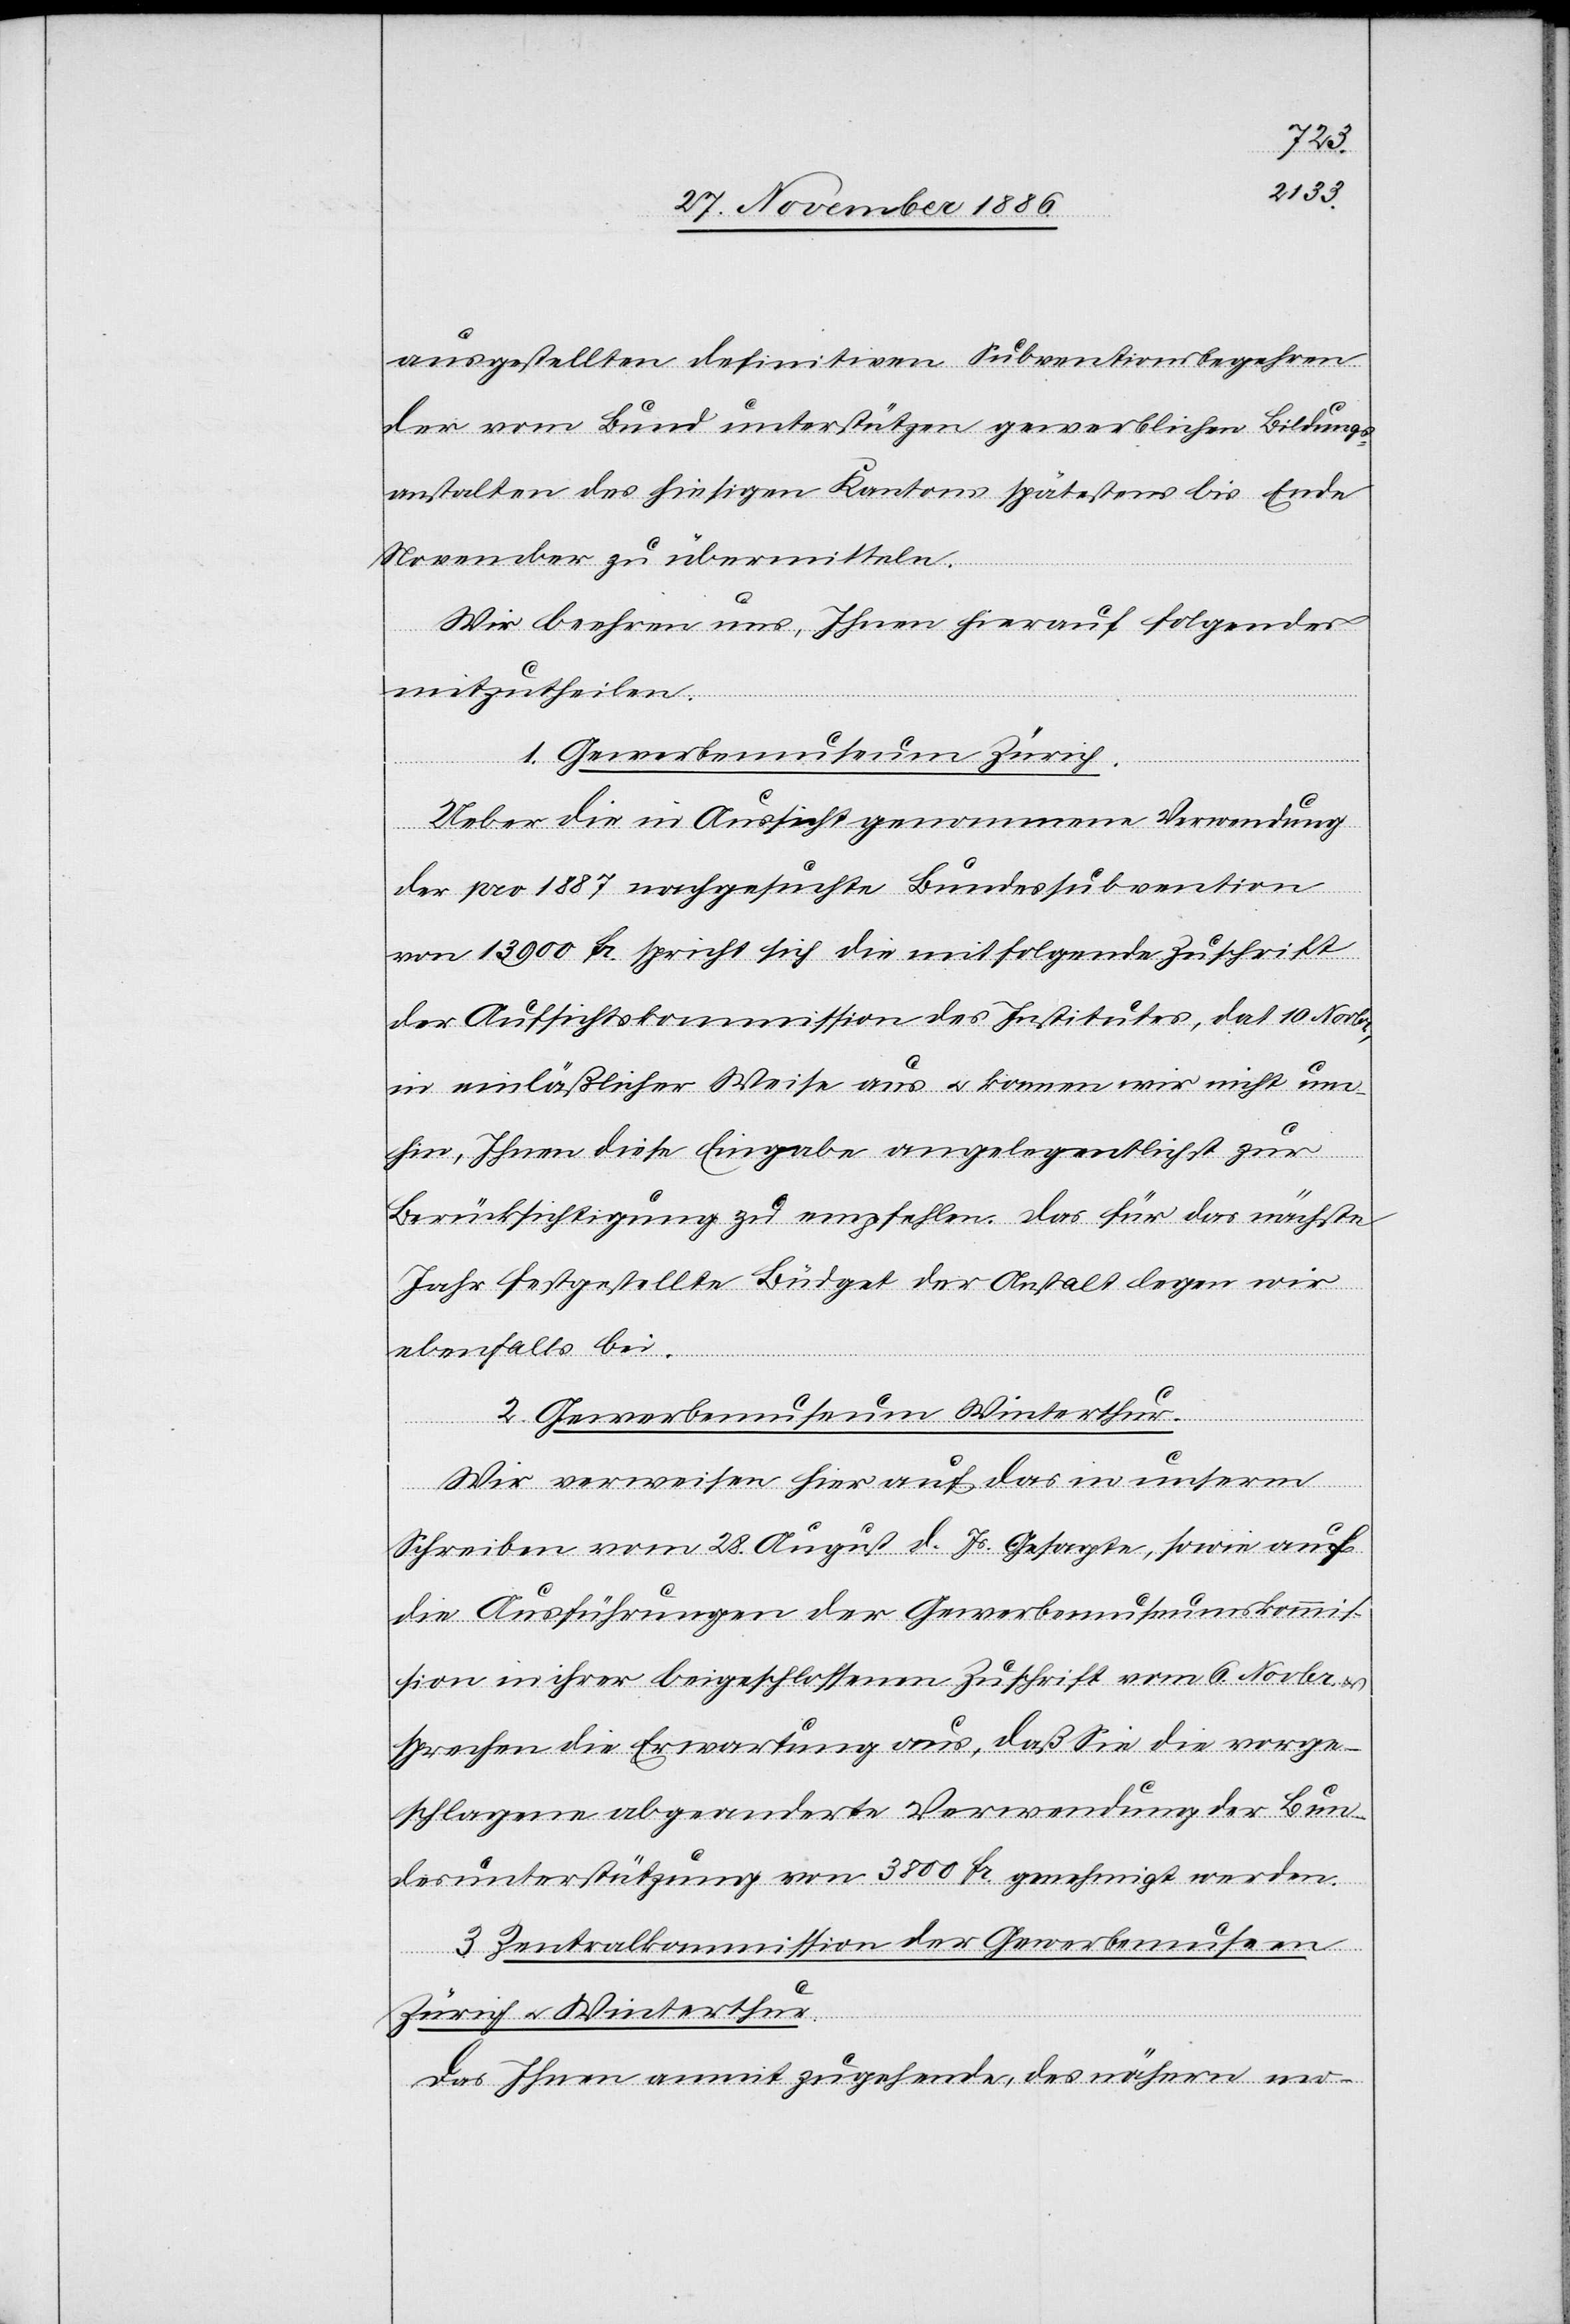
ausgestellten definitiven Subventionsbegehren
der vom Bund unterstützen gewerblichen Bildungs¬
anstalten des hiesigen Kantons spätestens bis Ende
November zu übermitteln.
Wir beehren uns, Ihnen hierauf Folgendes
mitzutheilen.
1. Gewerbemuseum Zürich.
Ueber die in Aussicht genommene Verwendung
der pro 1887 nachgesuchte[n] Bundessubvention
von 13 900 Fr. spricht sich die mitfolgende Zuschrift
der Aufsichtskommission des Institutes, dat. 10. Novbr.,
in einläßlicher Weise aus & konnen [sic!] wir nicht um¬
hin, Ihnen diese Eingabe angelegentlichst zur
Berücksichtigung zu empfehlen. Das für das nächste
Jahr festgestellte Büdget der Anstalt legen wir
ebenfalls bei.
2. Gewerbemuseum Winterthur.
Wir verweisen hier auf das in unserm
Schreiben vom 28. August d. Js. Gesagte, sowie auf
die Ausführungen der Gewerbemuseumskommis¬
sion in ihrer beigeschlossenen Zuschrift vom 6. Novbr.
sprechen die Erwartung aus, daß Sie die vorge¬
schlagene abgeanderte [sic!] Verwendung der Bun¬
desunterstützung von 3800 Fr. genehmigt [sic!] werden.
3. Zentralkommission der Gewerbemuseen
Zürich & Winterthur.
Das Ihnen anmit zugehende, des nähern mo-